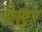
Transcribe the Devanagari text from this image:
फिस्फुल